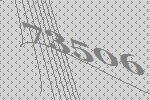
73506